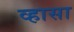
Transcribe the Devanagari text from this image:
व्हासा